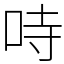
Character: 𠱾